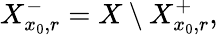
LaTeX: X_{x_{0},r}^{-}=X\setminus X_{x_{0},r}^{+},